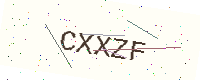
Text: CXXZF